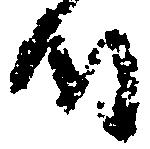
時